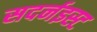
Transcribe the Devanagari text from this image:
सदर्नइस्ट